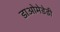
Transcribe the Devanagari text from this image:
डाओमेडेडी